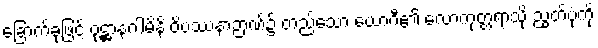
ခြောက်ခုဖြင့် ဝုဋ္ဌာနဂါမိနိ ဝိပဿနာဉာဏ်၌ တည်သော ယောဂီ၏ လောကုတ္တရာသို့ ညွတ်ပုံကို